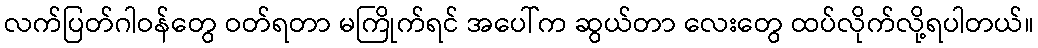
လက်ပြတ်ဂါဝန်တွေ ဝတ်ရတာ မကြိုက်ရင် အပေါ်က ဆွယ်တာ လေးတွေ ထပ်လိုက်လို့ရပါတယ်။